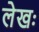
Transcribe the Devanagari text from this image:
लेखः